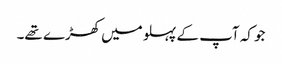
جو کہ آپ کے پہلو میں کھڑے تھے۔